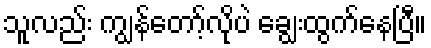
သူလည်း ကျွန်တော့်လိုပဲ ချွေးထွက်နေပြီ။